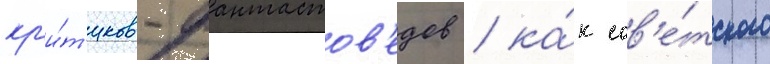
кр'и́т'иков-фантастов'едов / ка́к сов'е́тского